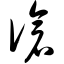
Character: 伧